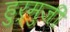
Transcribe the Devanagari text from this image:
हुर्मुजी